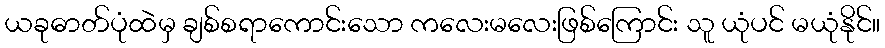
ယခုဓာတ်ပုံထဲမှ ချစ်စရာကောင်းသော ကလေးမလေးဖြစ်ကြောင်း သူ ယုံပင် မယုံနိုင်။